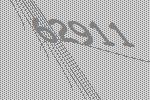
62911